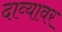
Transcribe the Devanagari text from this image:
दाव्यावर